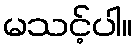
မသင့်ပါ။